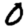
Digit: 0